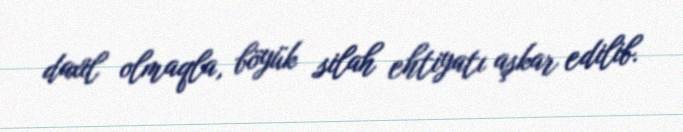
daxil olmaqla, böyük silah ehtiyatı aşkar edilib.